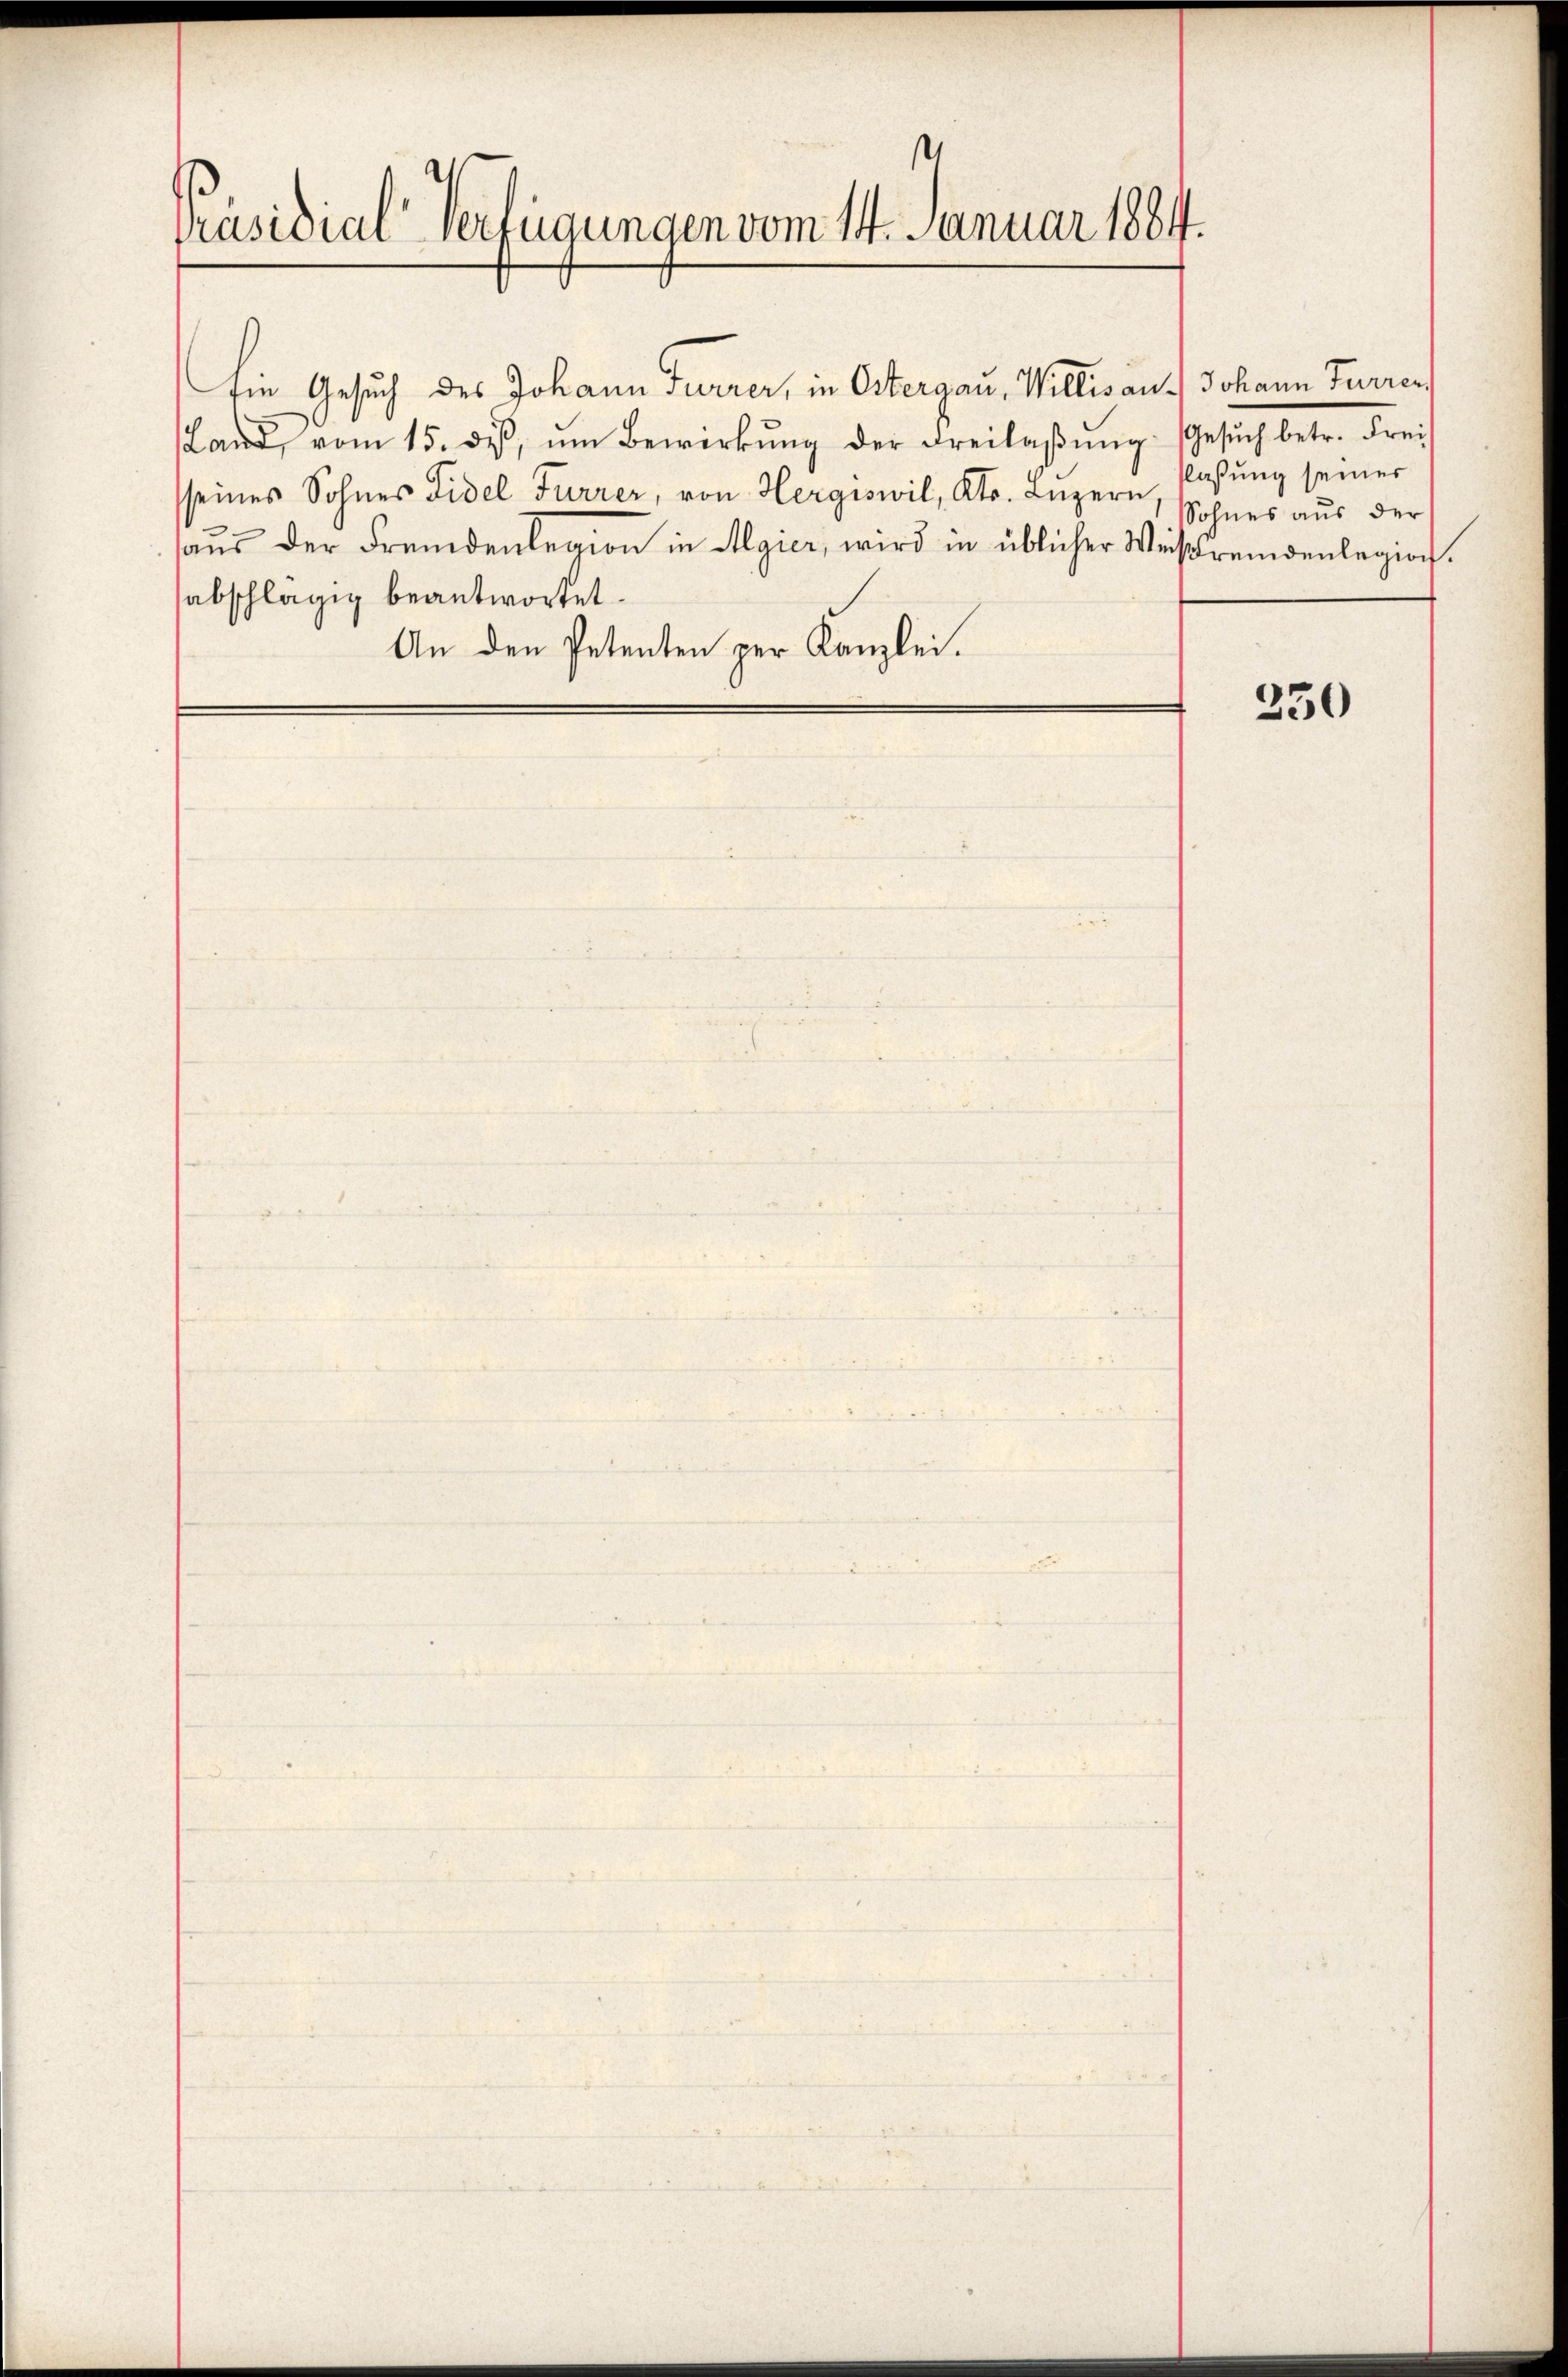
Präsidial-Verfügungen vom 14. Januar 1884.

Land, vom 15. dβ, ŭm Bewirkŭng der Freilaβŭng. Gesŭch betr. Frei
sseines Sohnes Fidel Furrer, von Hergiswil, Kts. Luzern,
haŭs der Fremdenlegion in Algier, wird in üblicher Weisfremdenlegion.
sabschlägig beantwortet.
An den Petenten per Kanzlei.

Ein Gesuch des Johann Furrer, in Ostergau, Willisau. Johann Furren

laßung seines
Sohnes aus der

250